Vital statistics of India. Vol. IV, Annual returns from 1871 to 1876. British Army of India, Native Army and jails of Bengal
Year: 1871
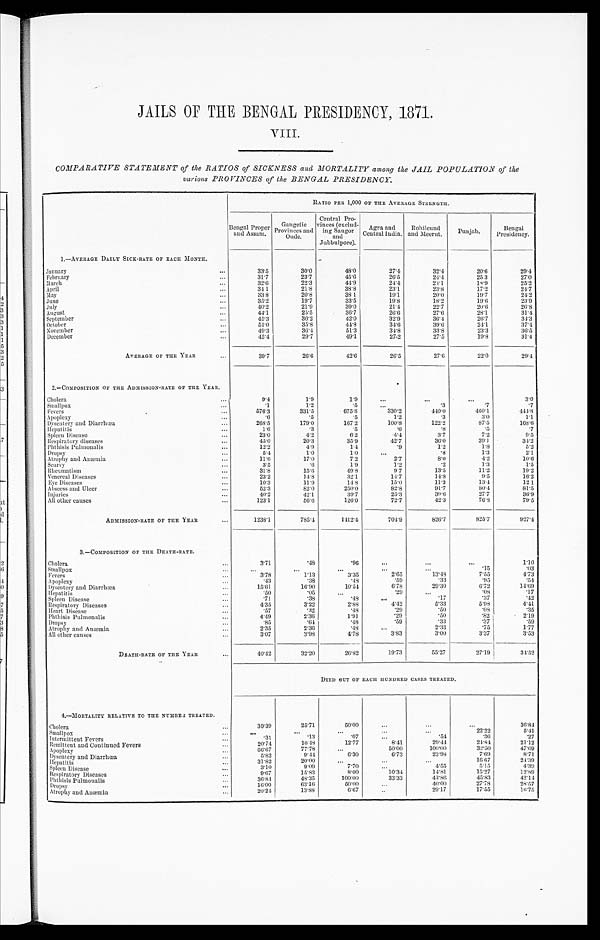
JAILS OF THE BENGAL PRESIDENCY, 1871.
VIII.
COMPARATIVE STATEMENT of the RATIOS of SICKNESS and MORTALITY among the JAIL POPULATION of the
various PROVINCES of the BENGAL PRESIDENCY.
RATIO PER 1,000 OF THE AVERAGE STRENGTH.
Bengal proper and Assam. Ga n g e t i c P r o v i n e s s a n d Ou d e .
Central Pro
vinces (exclud
ing Saugor and Jubbulpore).
A g r a a n d C e n t r a l I n d i a .
R o h i l c u n d a n d M e e r u t . Punjab
.
B e n g a l P r e s i d e n c y .
1.—AVERAGE DAILY SICK-RATE OF EACH MONTH.
January
... 33.5
3 0 . 0
4 8 . 0
2 7 . 4
3 2 . 4
2 0 . 6
2 9 . 4
F e b r u a r y
. . .
31.7
2 3 . 7
4 5 . 6
2 6 . 5
2 4 . 4
2 5 . 3
2 7 . 0
M a r c h ... 32.6
2 2 . 3
4 4 . 9
2 4 . 4
2 4 . 1
1 8 . 9
2 5 . 2
A p r i l ... 34.1
2 1 . 8
3 8 . 8
2 3 . 1
2 3 . 8
1 7
. 2
2 4 . 7
M a y
. . .
33.8
2 0 . 8
3 8 . 1
1 9 . 1
2 0 . 0
1 9 . 7
2 4 . 2
J u n e
. . .
35.2
1 9 . 7
3 3 . 5
1 9 . 8
1 8 . 2
1 9 . 6
2 3 . 9
J u l y
...
40.2
2 1 . 9
3 9 . 0
2 1 . 4
2 2 . 7
2 0 . 6
2 6 . 8
A u g u s t
...
44.1
2 5 . 5
3 6 . 7
2 6 . 6
2 7 . 6
2 8 . 1
3 1 . 4
S e p t e m b e r
...
45.3
3 0 . 2
4 2 . 0
3 2 . 9
3 6 . 4
2 6 . 7
3 4 . 3
O c t o b e r
...
51.0
3 5 . 8
4 4 . 8
3 4 . 6
3 9 . 6
2 4 . 1
3 7 . 4
N o v e m b e r
...
49.3
3 6 . 4
5 1 . 3
3 4
. 8
3 3 . 8
2 3 . 3
3 6 . 5
D e c e m b e r
...
45.4
2 9 . 7
4 9 . 1
2 6 . 5
2 7 . 5
1 9 . 8
3 1 . 4
A V E R A G E O F T H E Y E A R
. . .
39.7
2 6 . 6
4 2 . 6
2 6 . 5
2 7 . 6
2 2 . 0
2 9 . 4
2.—COMPOSITION OF THE ADMISSION-RATE OF THE YEAR.
.
C h o l e r a
. . .
9.4
1 . 9
1 . 9
...
...
...
3 . 0
S m a l l p o x ... .1
1 . 2
. 5
... . 3
. 7
. 7
F e v e r s
...
576.3
3 3 1 . 5
6 7 5 . 8
3 3 0 . 2
4 4 0 . 0
4 6 0 . 1
4 4 4 . 8
A p l p l e x y
... .6
. 5
. 5
1 . 2
. 3
3 . 0
1 . 1
D y s e n t e r y a n d D i a r r h œ a
. . .
268.5
1 7 9 . 0
1 6 7 . 2
1 0 0 . 8
1 2 2 . 2
8 7 . 5
1 6 8 . 6
H e p a t i t i s
... 1.6
. 3
. 5
. 6
. 8
. 5
. 7
S p l e e n D i s e a s e
. . .
23.0
4 . 2
6 . 2
4 . 4
3 . 7
7 . 2
9 . 5
R e s p i r a t o r y d i s e a s e s .
. . .
45.0
2 0 . 3
3 5 . 9
4 2 . 7
3 6 . 0
3 9 . 1
3 4 . 2
p h t h i s i s P u l m o n a l i s
. . .
12.2
4 . 9
1 . 4
. 9
1 . 2
1 . 8
5 . 2
D r o p s y
. . .
5.4
1 . 0
1 . 0
...
. 8
1 . 3
2 . 1
A t r o p h y a n d A n æ m i a
... 11.6
1 7 . 0
7 . 2
2 . 7
8 . 0
4 . 2
1 0 . 6
S c u r v y
. . .
3.5
. 6
1 . 9
1 . 2
. 2
1 . 3
1 . 5
R e u m a t i s m
... 31.8
1 5 . 6
4 9 . 8
9 . 7
1 3 . 5
1 1 . 2
1 9 . 2
V e n e r a l D i s e a s e s .
. . .
23.2
1 4 . 8
3 2 . 1
1 4 . 7
1 4 . 8
9 . 5
1 6 . 2
E y e D i s e a s e s .
... 10.3
1 1 . 9
1 4 . 8
1 5 . 0
1 1 . 3
1 3 . 4
1 2 . 1
A b s c e s s a n d U l c e r
. . .
52.3
8 2 . 0
2 5 0 . 0
8 2 . 8
9 1 . 7
8 0 . 4
8 1 . 5
I n j u r i e s
. . .
40.2
4 2 . 1
3 9 . 7
2 5 . 3
3 9 . 6
2 7 . 7
3 6 . 9
A l l o t h e r c a u s e s
. . .
123.1
5 6 . 6
1 2 6 . 0
7 2 . 7
4 2 . 3
7 6 . 8
7 9 . 5
ADMISSION-RATE OfTHE YEAR
. . .
1238.1
7 8 5 . 4
1 4 1 2 . 4
7 0 4 . 9
8 2 6 . 7
8 2 5 . 7
9 2 7 . 4
3.—COMPOSITION OF THE DEATH-RATE.
Cholera
. . .
3.71
. 4 8
. 9 6
. . .
. . .
. . .
1 . 1 0
Smallpox
. . .
...
. . .
. . .
. . .
. . .
. 1 5
. 0 3
Fevers
... 3.78
1 . 1 3
3 . 3 5
2 . 6 5
1 3 . 4 8
7 . 5 5
4 . 7 3
Apolexy
... .43
. 3 8
. 4 8
. 5 9
. 3 3
. 9 5
. 5 4
Dysentery and Diarrhœa
... 15.61
1 6 . 9 0
1 0 . 5 4
6 . 7 8
2 9 . 3 0
6 . 7 2
1 4 . 6 9
Hepatitis
. . .
.50
. 0 5
...
. 2 9
...
. 0 8
.7
Spleen Disease
. . .
.71
. 3 8
. 4 8
. . .
. 1 7
. 3 7
. 4 2
Respiratory Diseases
. . .
4.35
3 . 2 2
2 . 8 8
4 . 4 2
5 . 3 3
5 . 9 8
4 . 4 1
Heart Disease
. . .
.57
. 3 2
. 4 8
. 2 9
. 5 0
. 0 8
. 3 5
Phthisis Pulmonalis
. . .
4.49
2 . 3 6
1 . 9 1
. 2 9
. 5 0
. 8 2
2 . 1 9
SDropsy
. . .
.85
. 6 4
. 4 8
. 5 9
. 3 3
. 3 7
. 5 9
Atrophy and Anæmia
. . .
2.35
2 . 3 6
. 4 8
. . .
2 . 3 3
. 7 5
1 . 7 7
All other causes
. . .
3.07
3 . 9 8
4 . 7 8
3 . 8 3 3.00
3 . 3 7
3 . 5 3
DEATH-RATE OF THE YEAR
... 40.42
3 2 . 2 0
2 6 . 8 2
1 9 . 7 3
5 5 . 2 7
2 7 . 1 9
3 4 . 5 2
DIED OUT OF EACH HUNDRED CASES TREATED.
4.—MORTALITY RELATIVE TO THE NUMBER TREATED.
Cholera
. . .
39.39
2 5 . 7 1
5 0 . 0 0
. . .
. . .
. . .
3 6 . 8 4
S m a l l p o x
. . .
...
. . . . . .
. . .
. . .
2 2 . 2 2
5 . 4 1
Intermittent Fevers
. . .
.31
. 1 3
. 0 7
. . .
. 5 4
. 3 6
. 2 7
Remittent and Continued Fevers
. . .
20.74
1 0 . 4 8
1 2 . 7 7
8 . 4 1
2 9 . 4 4
2 4 . 8 4
2 1 . 1 2
Apoplexy
. . .
66.67
7 7 . 7 8
. . .
5 0 . 0 0
1 0 0 . 0 0
3 2 . 5 0
4 7 . 0 9
Dysentery and Diarrhœa
. . .
5.82
9 . 4 4
6 . 3 0
6 . 7 3
2 3 . 9 8
7 . 6 9
8 . 7 1
Hepatitis
. . .
31.82
2 0 . 0 0
. . .
. . .
. . .
1 6 . 6 7
2 4 . 3 9
Spleen Disease
. . .
3.10
9 . 0 9
7 . 7 0
. . .
•
4 . 5 5
5 . 1 5
4 . 3 9
Respiratory Diseases
. . .
9.67
1 5 . 8 3
8 . 0 0
1 0 . 3 4
1 4 . 8 1
1 5 . 2 7
1 2 . 8 9
Phthisis Pulmoualis
. . .
36.84
4 8 . 3 5
1 0 0 . 0 0
3 3 . 3 3
4 2 . 8 6
4 5 . 8 3
4 2 . 1 4
Dropsy
... 16.00
6 3 . 1 6
5 0 . 0 0
. . .
4 0 . 0 0
2 7 . 7 8
2 8 . 5 7
Atrophy and Anæmia
...20.24
1 3 . 8 8
6 . 6 7
. . .
2 9 . 1 7
1 7 . 5 5
1 6 . 7 5